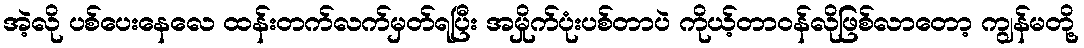
အဲ့လို ပစ်ပေးနေလေ ထန်းတက်လက်မှတ်ရပြီး အမှိုက်ပုံးပစ်တာပဲ ကိုယ့်တာဝန်လိုဖြစ်လာတော့ ကျွန်မတို့